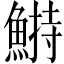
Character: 𩹭